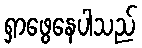
ရှာဖွေနေပါသည်